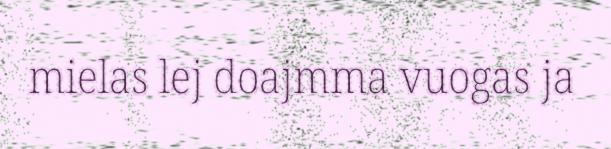
mielas lej doajmma vuogas ja